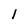
Character: l